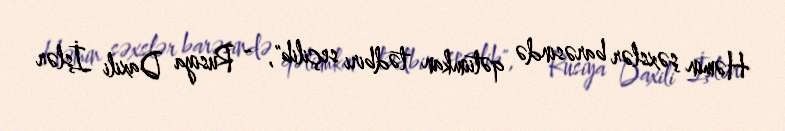
Həmin şəxslər barəsində qətiimkan tədbiri seçilib", - Rusiya Daxili İşlər